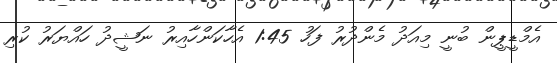
އެމްޑީޕީން ބުނީ މިއަދު މެންދުރު ފަހު 1:45 އެހާކަންހާއިރު ނަޝީދު ހައްޔަރު ކުރި